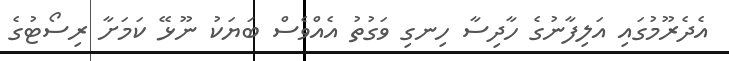
އެދެރޫމުގައި އަލިފާނުގެ ހާދިސާ ހިނގި ވަގުތު އެއްވެސް ބަޔަކު ނޫޅޭ ކަމަށާ ރިސޯޓުގެ